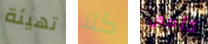
تهيئة كلا كامي